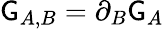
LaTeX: \mathsf{G}_{A,B}=\partial_{B}\mathsf{G}_{A}